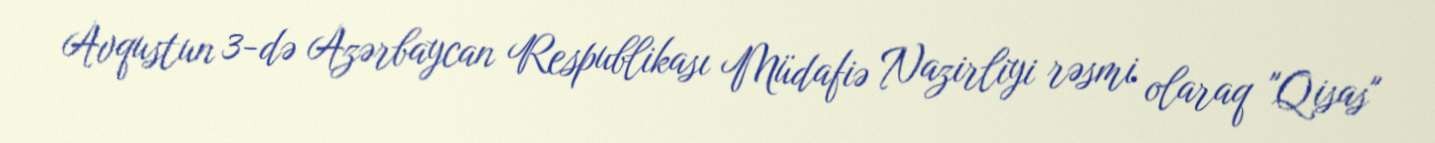
Avqustun 3-də Azərbaycan Respublikası Müdafiə Nazirliyi rəsmi olaraq "Qisas"